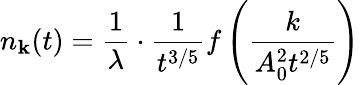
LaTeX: n_{\mathbf k}(t)={\frac{1}{\lambda}}\cdot{\frac{1}{t^{3/5}}}f\left({\frac{k}{A_{0}^{2}t^{2/5}}}\right)